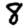
Digit: 8